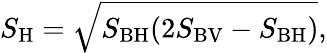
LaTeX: S_{\mathrm{H}}=\sqrt{S_{\mathrm{BH}}(2S_{\mathrm{BV}}-S_{\mathrm{BH}})},